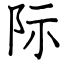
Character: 际